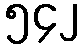
၅၄၂